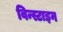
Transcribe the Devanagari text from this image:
विन्स्टाइन